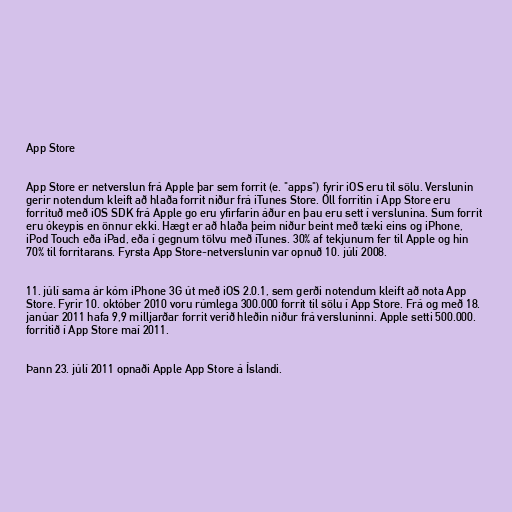
App Store

App Store er netverslun frá Apple þar sem forrit (e. "apps") fyrir iOS eru til sölu. Verslunin
gerir notendum kleift að hlaða forrit niður frá iTunes Store. Öll forritin í App Store eru
forrituð með iOS SDK frá Apple go eru yfirfarin áður en þau eru sett í verslunina. Sum forrit
eru ókeypis en önnur ekki. Hægt er að hlaða þeim niður beint með tæki eins og iPhone,
iPod Touch eða iPad, eða í gegnum tölvu með iTunes. 30% af tekjunum fer til Apple og hin
70% til forritarans. Fyrsta App Store-netverslunin var opnuð 10. júlí 2008.

11. júlí sama ár kóm iPhone 3G út með iOS 2.0.1, sem gerði notendum kleift að nota App
Store. Fyrir 10. október 2010 voru rúmlega 300.000 forrit til sölu í App Store. Frá og með 18.
janúar 2011 hafa 9,9 milljarðar forrit verið hleðin niður frá versluninni. Apple setti 500.000.
forritið í App Store maí 2011.

Þann 23. júlí 2011 opnaði Apple App Store á Íslandi.